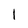
Character: 1